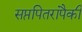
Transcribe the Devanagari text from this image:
सप्तपितरांपैकी